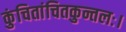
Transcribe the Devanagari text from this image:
कुंचितांचितकुन्तलः।